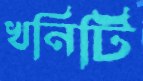
খনিটি